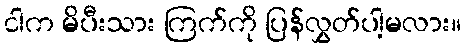
ငါက မိပီးသား ကြက်ကို ပြန်လွှတ်ပါ့မလား။